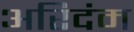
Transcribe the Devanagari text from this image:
अरिदंम